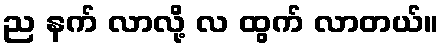
ည နက် လာလို့ လ ထွက် လာတယ်။